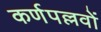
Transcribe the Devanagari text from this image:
कर्णपल्लवों